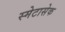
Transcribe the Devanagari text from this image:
स्मेटासेक